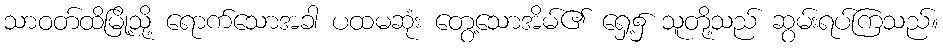
သာဝတ်ထိမြို့သို့ ရောက်သောအခါ ပထမဆုံး တွေ့သောအိမ်၏ ရှေ့၌ သူတို့သည် ဆွမ်းရပ်ကြသည်။